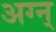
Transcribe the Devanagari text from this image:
अग्न्